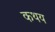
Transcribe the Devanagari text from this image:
कथय